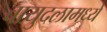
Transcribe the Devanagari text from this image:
वायुदलामध्ये